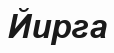
Йирга